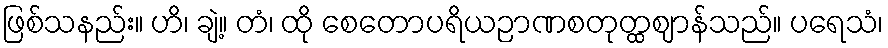
ဖြစ်သနည်း။ ဟိ၊ ချဲ့။ တံ၊ ထို စေတောပရိယဉာဏစတုတ္ထဈာန်သည်။ ပရေသံ၊